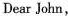
Dear John,